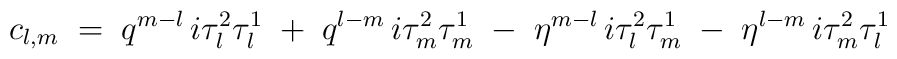
c_{l,m} \;=\;q^{m-l}\,i\tau_l^2\tau_l^1 \;+\;q^{l-m}\,i\tau_m^2\tau_m^1 \;-\;\eta^{m-l}\,i\tau_l^2\tau_m^1 \;-\;\eta^{l-m}\,i\tau_m^2\tau_l^1 \,